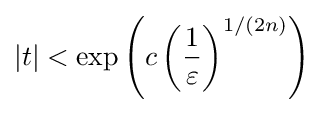
|t|<\exp \left({c\left({1 \over \varepsilon }\right)^{1/(2n)}}\right)